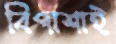
বিপাশাই